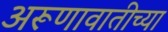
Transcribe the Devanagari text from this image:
अरूणावातीच्या